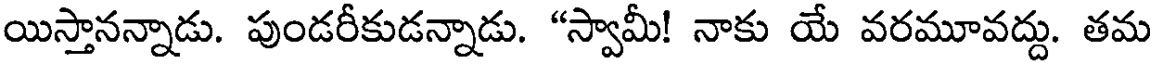
యిస్తానన్నాడు. పుండరీకుడన్నాడు. "స్వామీ! నాకు యే వరమూవద్దు. తమ